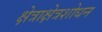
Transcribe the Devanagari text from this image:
क्षेत्राक्षेत्रशोधन